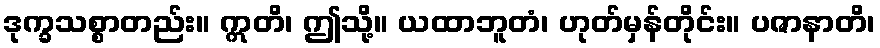
ဒုက္ခသစ္စာတည်း။ ဣတိ၊ ဤသို့။ ယထာဘူတံ၊ ဟုတ်မှန်တိုင်း။ ပဇာနာတိ၊